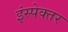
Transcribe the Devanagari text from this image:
इंस्पेक्तर